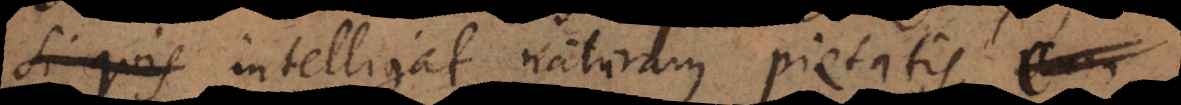
si quis intelligat naturam pietatis,